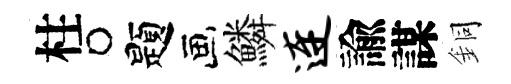
柱题鱗连諭謀銅